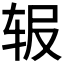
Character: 𬨅